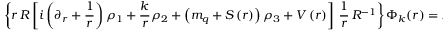
\left\{ { r \, R \left[ i \left( { \partial _ { r } + { \frac { 1 } { r } } } \right) \rho _ { 1 } + { \frac { k } { r } } \rho _ { 2 } + \left( { m _ { q } + S \left( r \right) } \right) \rho _ { 3 } + V \left( r \right) \right] \, { \frac { 1 } { r } } \, R ^ { - 1 } } \right\} \Phi _ { k } ( r ) = E _ { 0 } ^ { k } \, \Phi _ { k } ( r ) ,